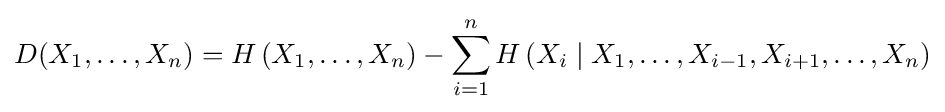
D(X_{1},\ldots ,X_{n})=H\left(X_{1},\ldots ,X_{n}\right)-\sum _{i=1}^{n}H\left(X_{i}\mid X_{1},\ldots ,X_{i-1},X_{i+1},\ldots ,X_{n}\right)